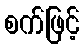
စက်ဖြင့်